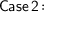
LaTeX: \mathsf { C a s e \, 2 \! : }